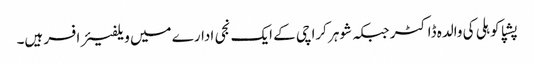
پشپا کوہلی کی والدہ ڈاکٹر جبکہ شوہر کراچی کے ایک نجی ادارے میں ویلفیئر افسر ہیں۔